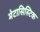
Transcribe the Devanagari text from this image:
मेटासिस्टिक